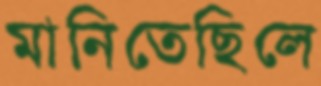
মানিতেছিলে